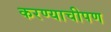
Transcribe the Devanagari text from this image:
करण्याचीपण